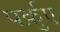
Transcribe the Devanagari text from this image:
पर्क़ुए